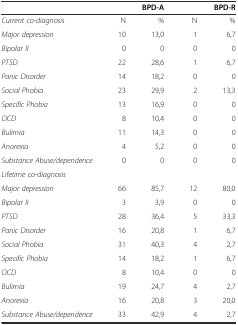
|  | <COLSPAN=2> BPD-A | <COLSPAN=2> BPD-R |
 | --- | --- | --- | --- | --- |
 | Current co-diagnosis | N | % | N | % |
 | Major depression | 10 | 13,0 | 1 | 6,7 |
 | Bipolar II | 0 | 0 | 0 | 0 |
 | PTSD | 22 | 28,6 | 1 | 6,7 |
 | Panic Disorder | 14 | 18,2 | 0 | 0 |
 | Social Phobia | 23 | 29,9 | 2 | 13,3 |
 | Specific Phobia | 13 | 16,9 | 0 | 0 |
 | OCD | 8 | 10,4 | 0 | 0 |
 | Bulimia | 11 | 14,3 | 0 | 0 |
 | Anorexia | 4 | 5,2 | 0 | 0 |
 | Substance Abuse/dependence | 0 | 0 | 0 | 0 |
 | Lifetime co-diagnosis |  |  |  |  |
 | Major depression | 66 | 85,7 | 12 | 80,0 |
 | Bipolar II | 3 | 3,9 | 0 | 0 |
 | PTSD | 28 | 36,4 | 5 | 33,3 |
 | Panic Disorder | 16 | 20,8 | 1 | 6,7 |
 | Social Phobia | 31 | 40,3 | 4 | 2,7 |
 | Specific Phobia | 14 | 18,2 | 1 | 6,7 |
 | OCD | 8 | 10,4 | 0 | 0 |
 | Bulimia | 19 | 24,7 | 4 | 2,7 |
 | Anorexia | 16 | 20,8 | 3 | 20,0 |
 | Substance Abuse/dependence | 33 | 42,9 | 4 | 2,7 |